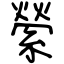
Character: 縈